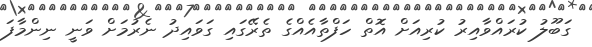
ގަބޫލު ކުރައްވާއިރު ކުރިއަށް އޮތް ހަފްތާއެއްގެ ތެރޭގައި ގަވައިދު ނެރުމަށް ވަނީ ނިންމާފަ